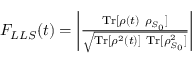
\begin{array} { r } { F _ { L L S } ( t ) = \left\vert \frac { \mathrm { T r } [ \rho ( t ) ~ \rho _ { S _ { 0 } } ] } { \sqrt { \mathrm { T r } [ \rho ^ { 2 } ( t ) ] ~ \mathrm { T r } [ \rho _ { S _ { 0 } } ^ { 2 } ] } } \right\vert } \end{array}